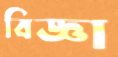
বিজ্ঞা